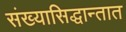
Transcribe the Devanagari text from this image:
संख्यासिद्धान्तात